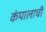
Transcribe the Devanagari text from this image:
कंपालाची